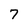
Character: 7